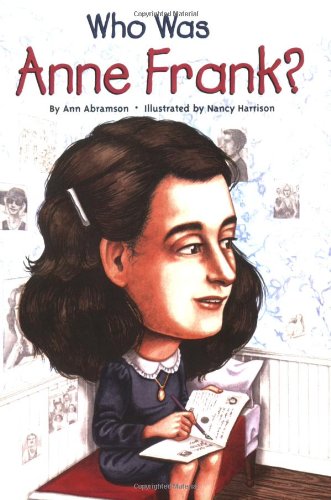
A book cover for Who Was Anne Frank?; Ann Abramson; Children's Books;